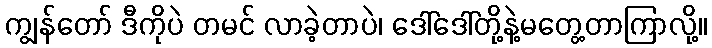
ကျွန်တော် ဒီကိုပဲ တမင် လာခဲ့တာပဲ၊ ဒေါ်ဒေါ်တို့နဲ့မတွေ့တာကြာလို့။